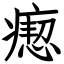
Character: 瘛